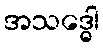
အသဒ္ဓေါ